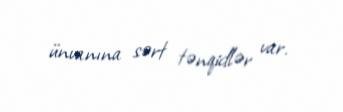
ünvanına sərt tənqidlər var.